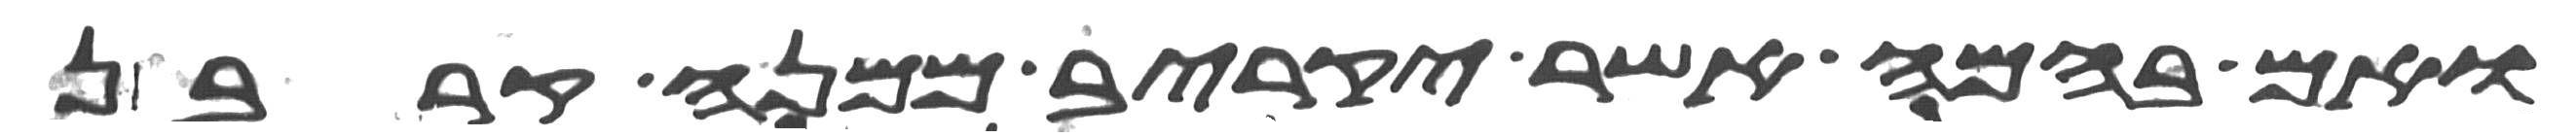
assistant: ואם בהמה אשר יקריב ממנה קרבן